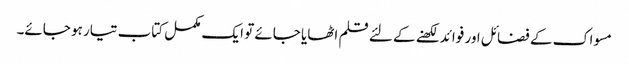
مسواک کے فضائل اور فوائد لکھنے کے لئے قلم اٹھایا جائے تو ایک مکمل کتاب تیار ہو جائے۔